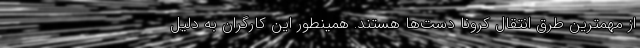
از مهمترین طرق انتقال کرونا دست‌ها هستند. همینطور این کارگران به دلیل